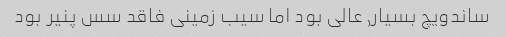
ساندویچ بسیار, عالی بود اما سیب زمینی فاقد سس پنیر بود